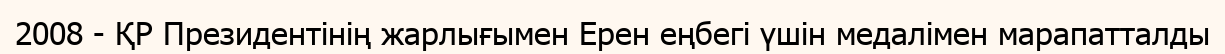
2008 - ҚР Президентінің жарлығымен Ерен еңбегі үшін медалімен марапатталды